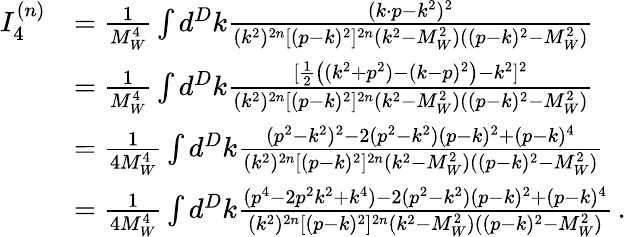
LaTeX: \begin{array}{rl}{I_{4}^{(n)}}&{=\frac{1}{M_{W}^{4}}\int d^{D}k\frac{(k\cdot p-k^{2})^{2}}{(k^{2})^{2n}[(p-k)^{2}]^{2n}(k^{2}-M_{W}^{2})((p-k)^{2}-M_{W}^{2})}}\\ &{=\frac{1}{M_{W}^{4}}\int d^{D}k\frac{[\frac{1}{2}\big((k^{2}+p^{2})-(k-p)^{2}\big)-k^{2}]^{2}}{(k^{2})^{2n}[(p-k)^{2}]^{2n}(k^{2}-M_{W}^{2})((p-k)^{2}-M_{W}^{2})}}\\ &{=\frac{1}{4M_{W}^{4}}\int d^{D}k\frac{(p^{2}-k^{2})^{2}-2(p^{2}-k^{2})(p-k)^{2}+(p-k)^{4}}{(k^{2})^{2n}[(p-k)^{2}]^{2n}(k^{2}-M_{W}^{2})((p-k)^{2}-M_{W}^{2})}}\\ &{=\frac{1}{4M_{W}^{4}}\int d^{D}k\frac{(p^{4}-2p^{2}k^{2}+k^{4})-2(p^{2}-k^{2})(p-k)^{2}+(p-k)^{4}}{(k^{2})^{2n}[(p-k)^{2}]^{2n}(k^{2}-M_{W}^{2})((p-k)^{2}-M_{W}^{2})}\, .}\end{array}